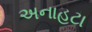
અનાહટા